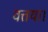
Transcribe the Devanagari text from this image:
वत्तया।